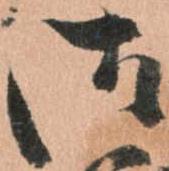
御